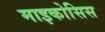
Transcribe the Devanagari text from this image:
माइकोसिस